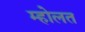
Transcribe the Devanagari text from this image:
म्होलत